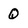
Character: Q